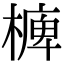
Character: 㯅